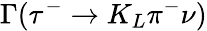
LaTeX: \Gamma(\tau^{-}\to K_{L}\pi^{-}{\nu})